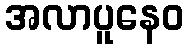
အလာပူနေဝ